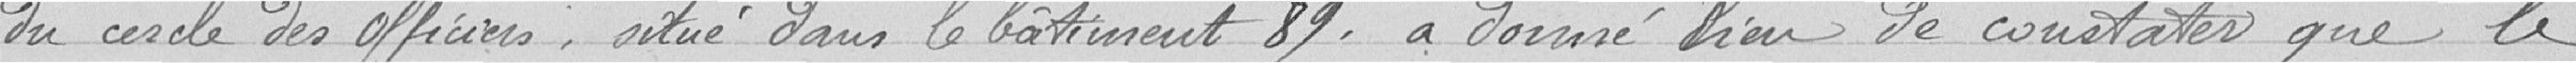
du cercle des officiers, situé dans le bâtiment 89, a donné lieu de constater que le